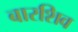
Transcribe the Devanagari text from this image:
बारशिव